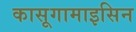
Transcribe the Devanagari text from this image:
कासूगामाइसिन